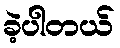
ခဲ့ပါတယ်